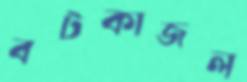
বটকাজল